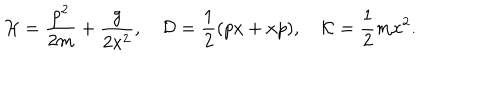
{ \cal H } = { \frac { p ^ { 2 } } { 2 m } } + { \frac { g } { 2 x ^ { 2 } } } , { \cal D } = { \frac { 1 } { 2 } } ( p x + x p ) , { \cal K } = { \frac { 1 } { 2 } } m x ^ { 2 } .